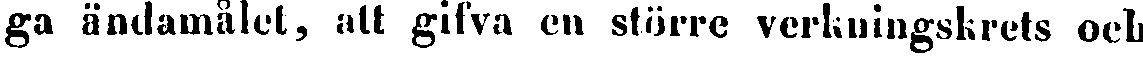
ga ändamålet, att gifva en större verkningskrets och